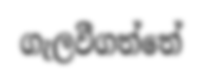
ගැලවීගත්තේ